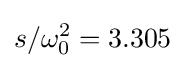
s/\omega _{0}^{2}=\mathrm {3.305}